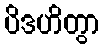
ပိဒဟိတွာ